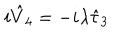
i \hat { V } _ { 4 } = - i \lambda \hat { \tau } _ { 3 }